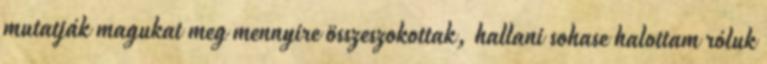
mutatják magukat meg mennyire összeszokottak, hallani sohase halottam róluk